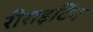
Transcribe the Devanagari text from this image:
रीराइटिंग